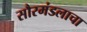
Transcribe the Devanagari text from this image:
सौरमंडलाचा